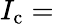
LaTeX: I_{\mathrm{{c}}}={}